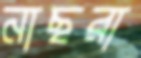
নাছরা